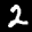
Label: 2